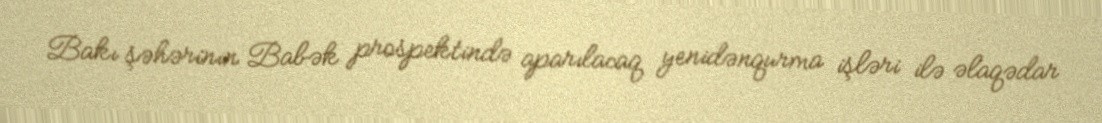
Bakı şəhərinin Babək prospektində aparılacaq yenidənqurma işləri ilə əlaqədar